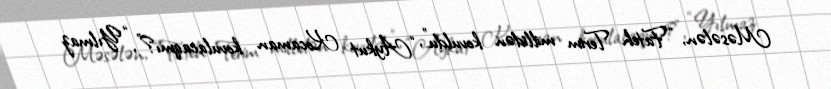
Məsələn, “Fateh Terim millidən kovuldu”, “Aykut Kocaman kovulacaqmı?”, “Yılmaz